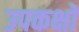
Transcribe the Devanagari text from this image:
उपकक्षों